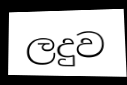
ලදුව